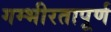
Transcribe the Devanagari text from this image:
गम्भीरतापूर्ण